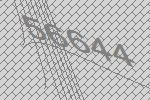
56644